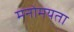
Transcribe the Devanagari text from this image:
मनोमयता